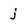
Character: j